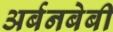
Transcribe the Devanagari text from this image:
अर्बनबेबी